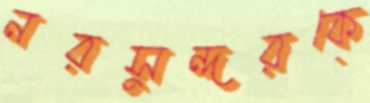
নরসুন্দরকে